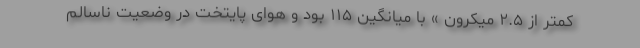
کمتر از ۲.۵ میکرون » با میانگین ۱۱۵ بود و هوای پایتخت در وضعیت ناسالم